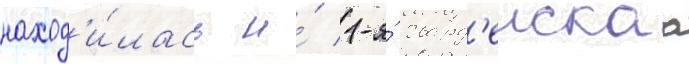
наход'и́лась и́ 1-я́ гвард'еискаа